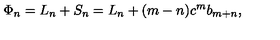
\Phi _ { n } = L _ { n } + S _ { n } = L _ { n } + ( m - n ) c ^ { m } b _ { m + n } ,